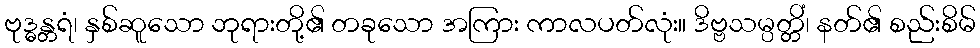
ဗုဒ္ဓန္တရံ၊ နှစ်ဆူသော ဘုရားတို့၏ တခုသော အကြား ကာလပတ်လုံး။ ဒိဗ္ဗသမ္ပတ္တိံ၊ နတ်၏ စည်းစိမ်